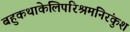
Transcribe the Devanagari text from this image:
बहुकथाकेलिपरिश्रमनिरंकुश